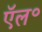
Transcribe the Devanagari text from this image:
ऍल॰